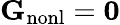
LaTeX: {\mathbf G}_{\mathrm{nonl}}={\mathbf 0}